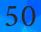
50